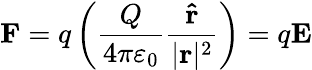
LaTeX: \mathbf{F}=q\left({\frac{Q}{4\pi\varepsilon_{0}}}{\frac{\mathbf{\hat{r}}}{|\mathbf{r}|^{2}}}\right)=q\mathbf{E}